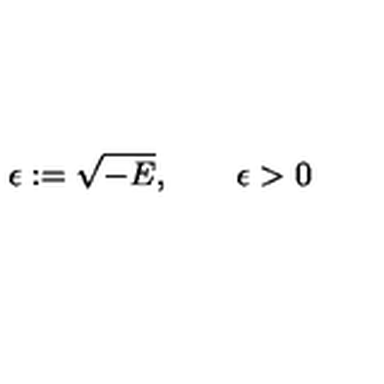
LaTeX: \epsilon : = \sqrt { - E } , \qquad \epsilon > 0